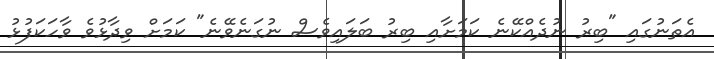
އެތަނުގައި "ބިރު ނުދެއްކޭނެ ކަމަށާއި ބިރު ބަލައިވެސް ނުގަނެވޭނެ" ކަމަށް ވިދާޅުވެ ވާހަކަފުޅު